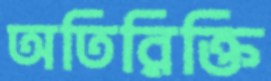
অতিরিক্তি